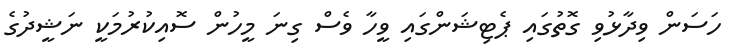
ހަސަން ވިދާޅުވި ގޮތުގައި ޕެޓިޝަންގައި ވީހާ ވެސް ގިނަ މީހުން ސޮއިކުރުމަކީ ނަޝީދުގެ